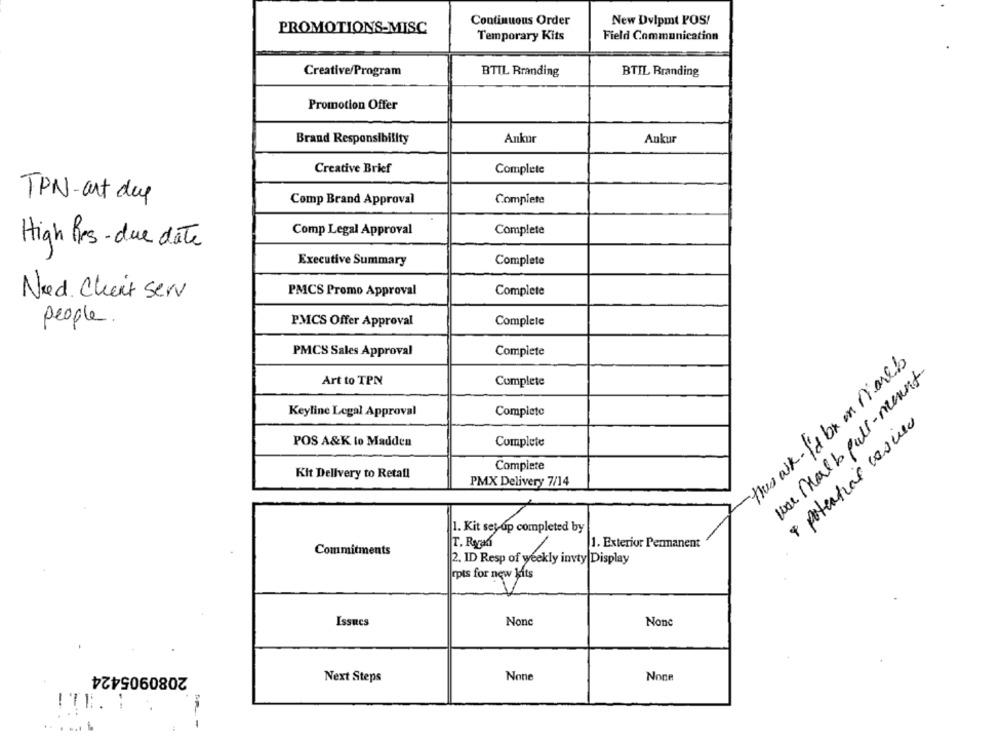
Continuous Order
New Dvipmt POS!
PROMOTIONS-MISC
Temporary Kits
Field Communication
Creative/Program
BTIL Rranding
BTIL Branding
Promotion Offer
Brand Responsibility
Ankur
Ankur
Creative Brief
Complete
TPN-art day
Comp Brand Approval
Complete
Comp Legal Approval
Complete
High Prs -due date
Executive Summary
Complete
Need Client serv
PMCS Promo Approval
Complete
people
P.MCS Offer Approval
Complete
PMCS Sales Approval
Complete
thus aik-I'd be on mareb
war Malb pull- mount
Art to TPN
Complete
Keyline Legal Approval
Complete
POS A&K lo Madden
Complete
Complete
Kit Delivery to Retail
& potential
PMX Delivery 7/14
1. Kit setup completed by
T. Rerad
1. Exterior Permanent
Commitments
2. ID Resp of weekly invty Display
rpts for new kits
Issues
Nonc
2080905424
Next Steps
!TE.
---